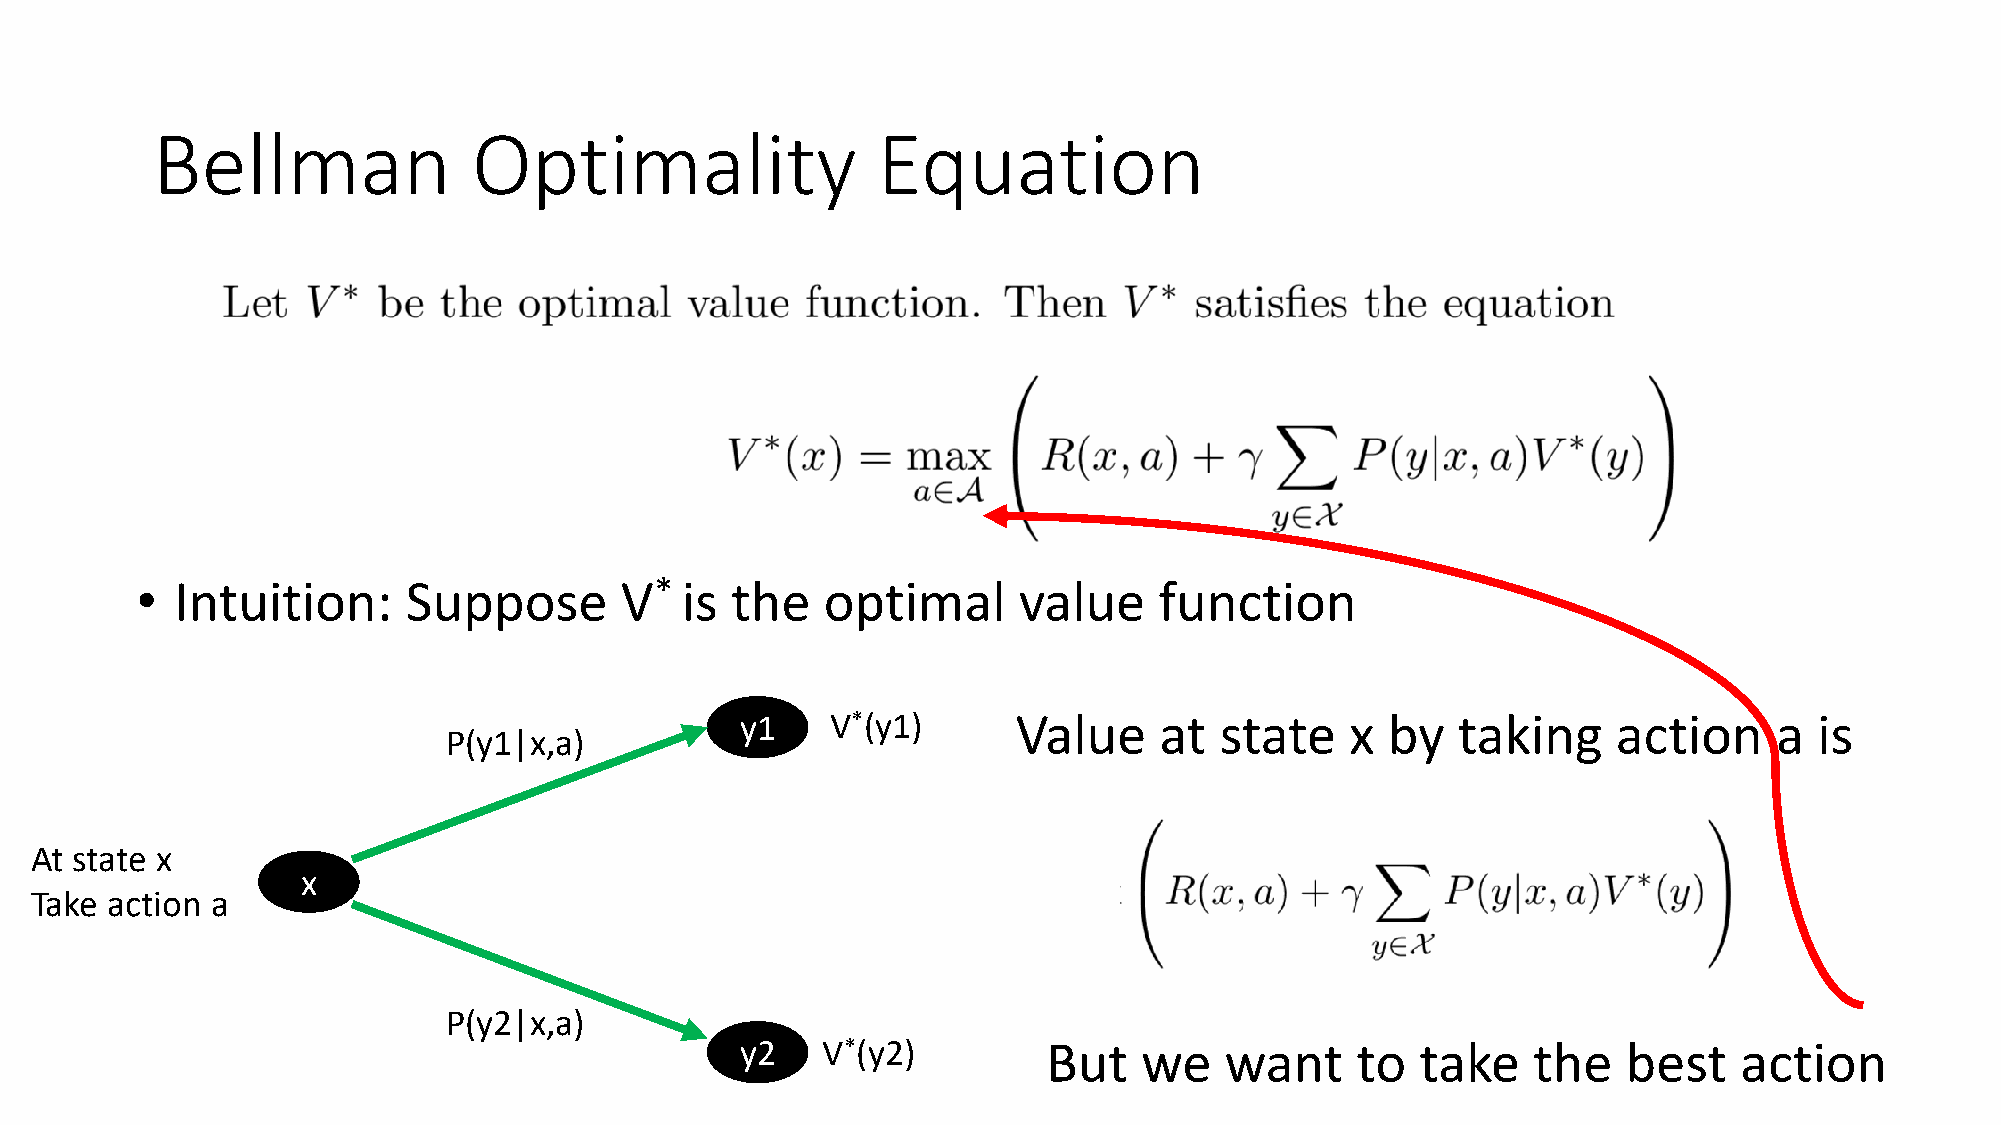
Bellman              Optimality                 Equation
 •  Intuition:     Suppose       V*  is the    optimal     value     function
 y1    V*(y1)      Value     at  state   x  by  taking     action     a is
 P(y1|x,a)
 At state x
 x
 Take action a
 P(y2|x,a)
 y2   V*(y2)         But    we   want     to  take   the    best   action